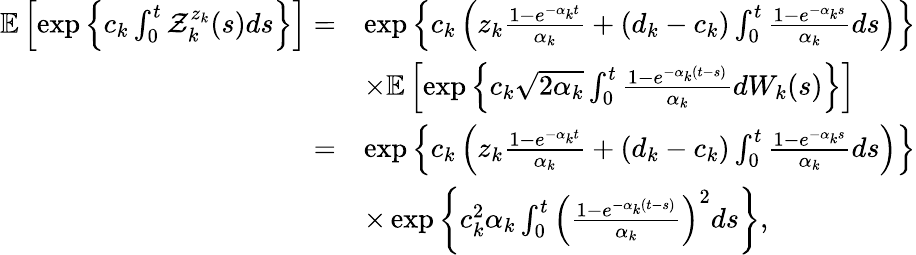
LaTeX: \begin{array}{rl}{\mathbb{E}\left[\exp\left\{ c_{k}\int_{0}^{t}\mathcal{Z}_{k}^{z_{k}}(s)ds\right\} \right]=}&{\exp\left\{ c_{k}\left(z_{k}\frac{1-e^{-\alpha_{k}t}}{\alpha_{k}}+(d_{k}-c_{k})\int_{0}^{t}\frac{1-e^{-\alpha_{k}s}}{\alpha_{k}}ds\right)\right\} }\\ &{\times\mathbb{E}\left[\exp\left\{ c_{k}\sqrt{2\alpha_{k}}\int_{0}^{t}\frac{1-e^{-\alpha_{k}(t-s)}}{\alpha_{k}}dW_{k}(s)\right\} \right]}\\ {=}&{\exp\left\{ c_{k}\left(z_{k}\frac{1-e^{-\alpha_{k}t}}{\alpha_{k}}+(d_{k}-c_{k})\int_{0}^{t}\frac{1-e^{-\alpha_{k}s}}{\alpha_{k}}ds\right)\right\} }\\ &{\times\exp\left\{ c_{k}^{2}\alpha_{k}\int_{0}^{t}\left(\frac{1-e^{-\alpha_{k}(t-s)}}{\alpha_{k}}\right)^{2}ds\right\} ,}\end{array}